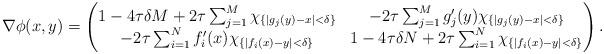
LaTeX: \begin{align*}\nabla\phi(x,y)=\begin{pmatrix}1-4\tau\delta M+2\tau \sum_{j=1}^M\chi_{\{|g_j(y)-x|< \delta\}}&-2\tau \sum_{j=1}^Mg_j'(y)\chi_{\{|g_j(y)-x|<\delta\}}\\-2\tau \sum_{i=1}^Nf_i'(x)\chi_{\{|f_i(x)-y|<\delta\}}&1-4\tau\delta N+2\tau \sum_{i=1}^N\chi_{\{|f_i(x)-y|< \delta\}}\end{pmatrix}.\end{align*}